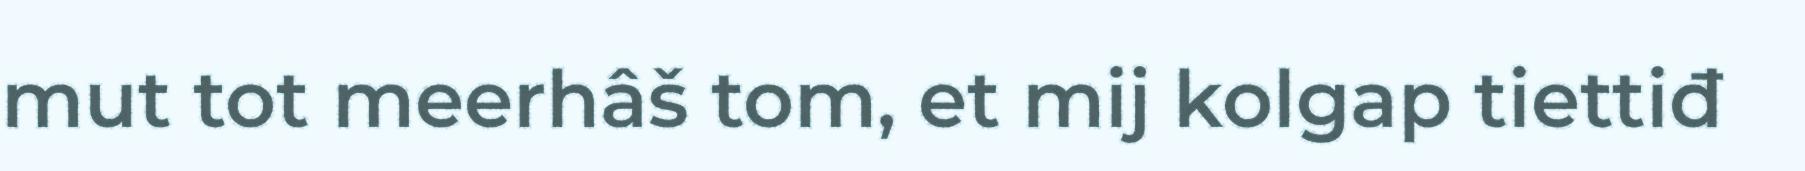
mut tot meerhâš tom, et mij kolgap tiettiđ